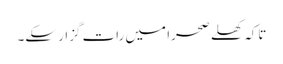
تاکہ کھلے صحرا میں رات گزار سکے۔